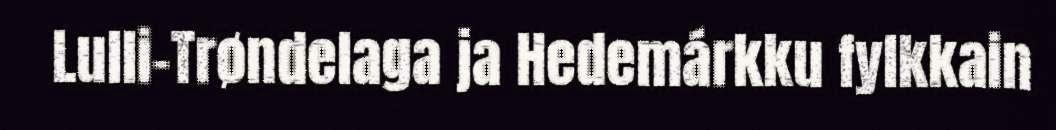
Lulli-Trøndelaga ja Hedemárkku fylkkain